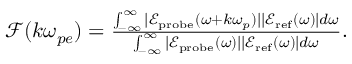
\begin{array} { r } { \mathcal { F } ( k \omega _ { p e } ) = \frac { \int _ { - \infty } ^ { \infty } | \mathcal { E } _ { \mathrm { p r o b e } } ( \omega + k \omega _ { p } ) | | \mathcal { E } _ { \mathrm { r e f } } ( \omega ) | d \omega } { \int _ { - \infty } ^ { \infty } | \mathcal { E } _ { \mathrm { p r o b e } } ( \omega ) | | \mathcal { E } _ { \mathrm { r e f } } ( \omega ) | d \omega } . } \end{array}